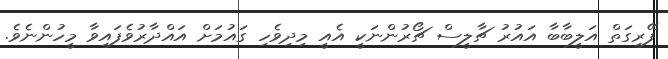
ފޭރިގަތް އަލީބާބާ އައުރު ޗާލީސް ޗޯރުންނަކީ އެއީ މިދިވެހި ގައުމަށް އައްދާރުވެފައިވާ މީހުންނެވެ.